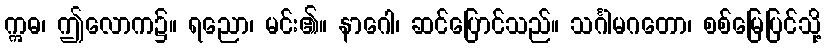
ဣဓ၊ ဤလောက၌။ ရညော၊ မင်း၏။ နာဂေါ၊ ဆင်ပြောင်သည်။ သင်္ဂါမဂတော၊ စစ်မြေပြင်သို့